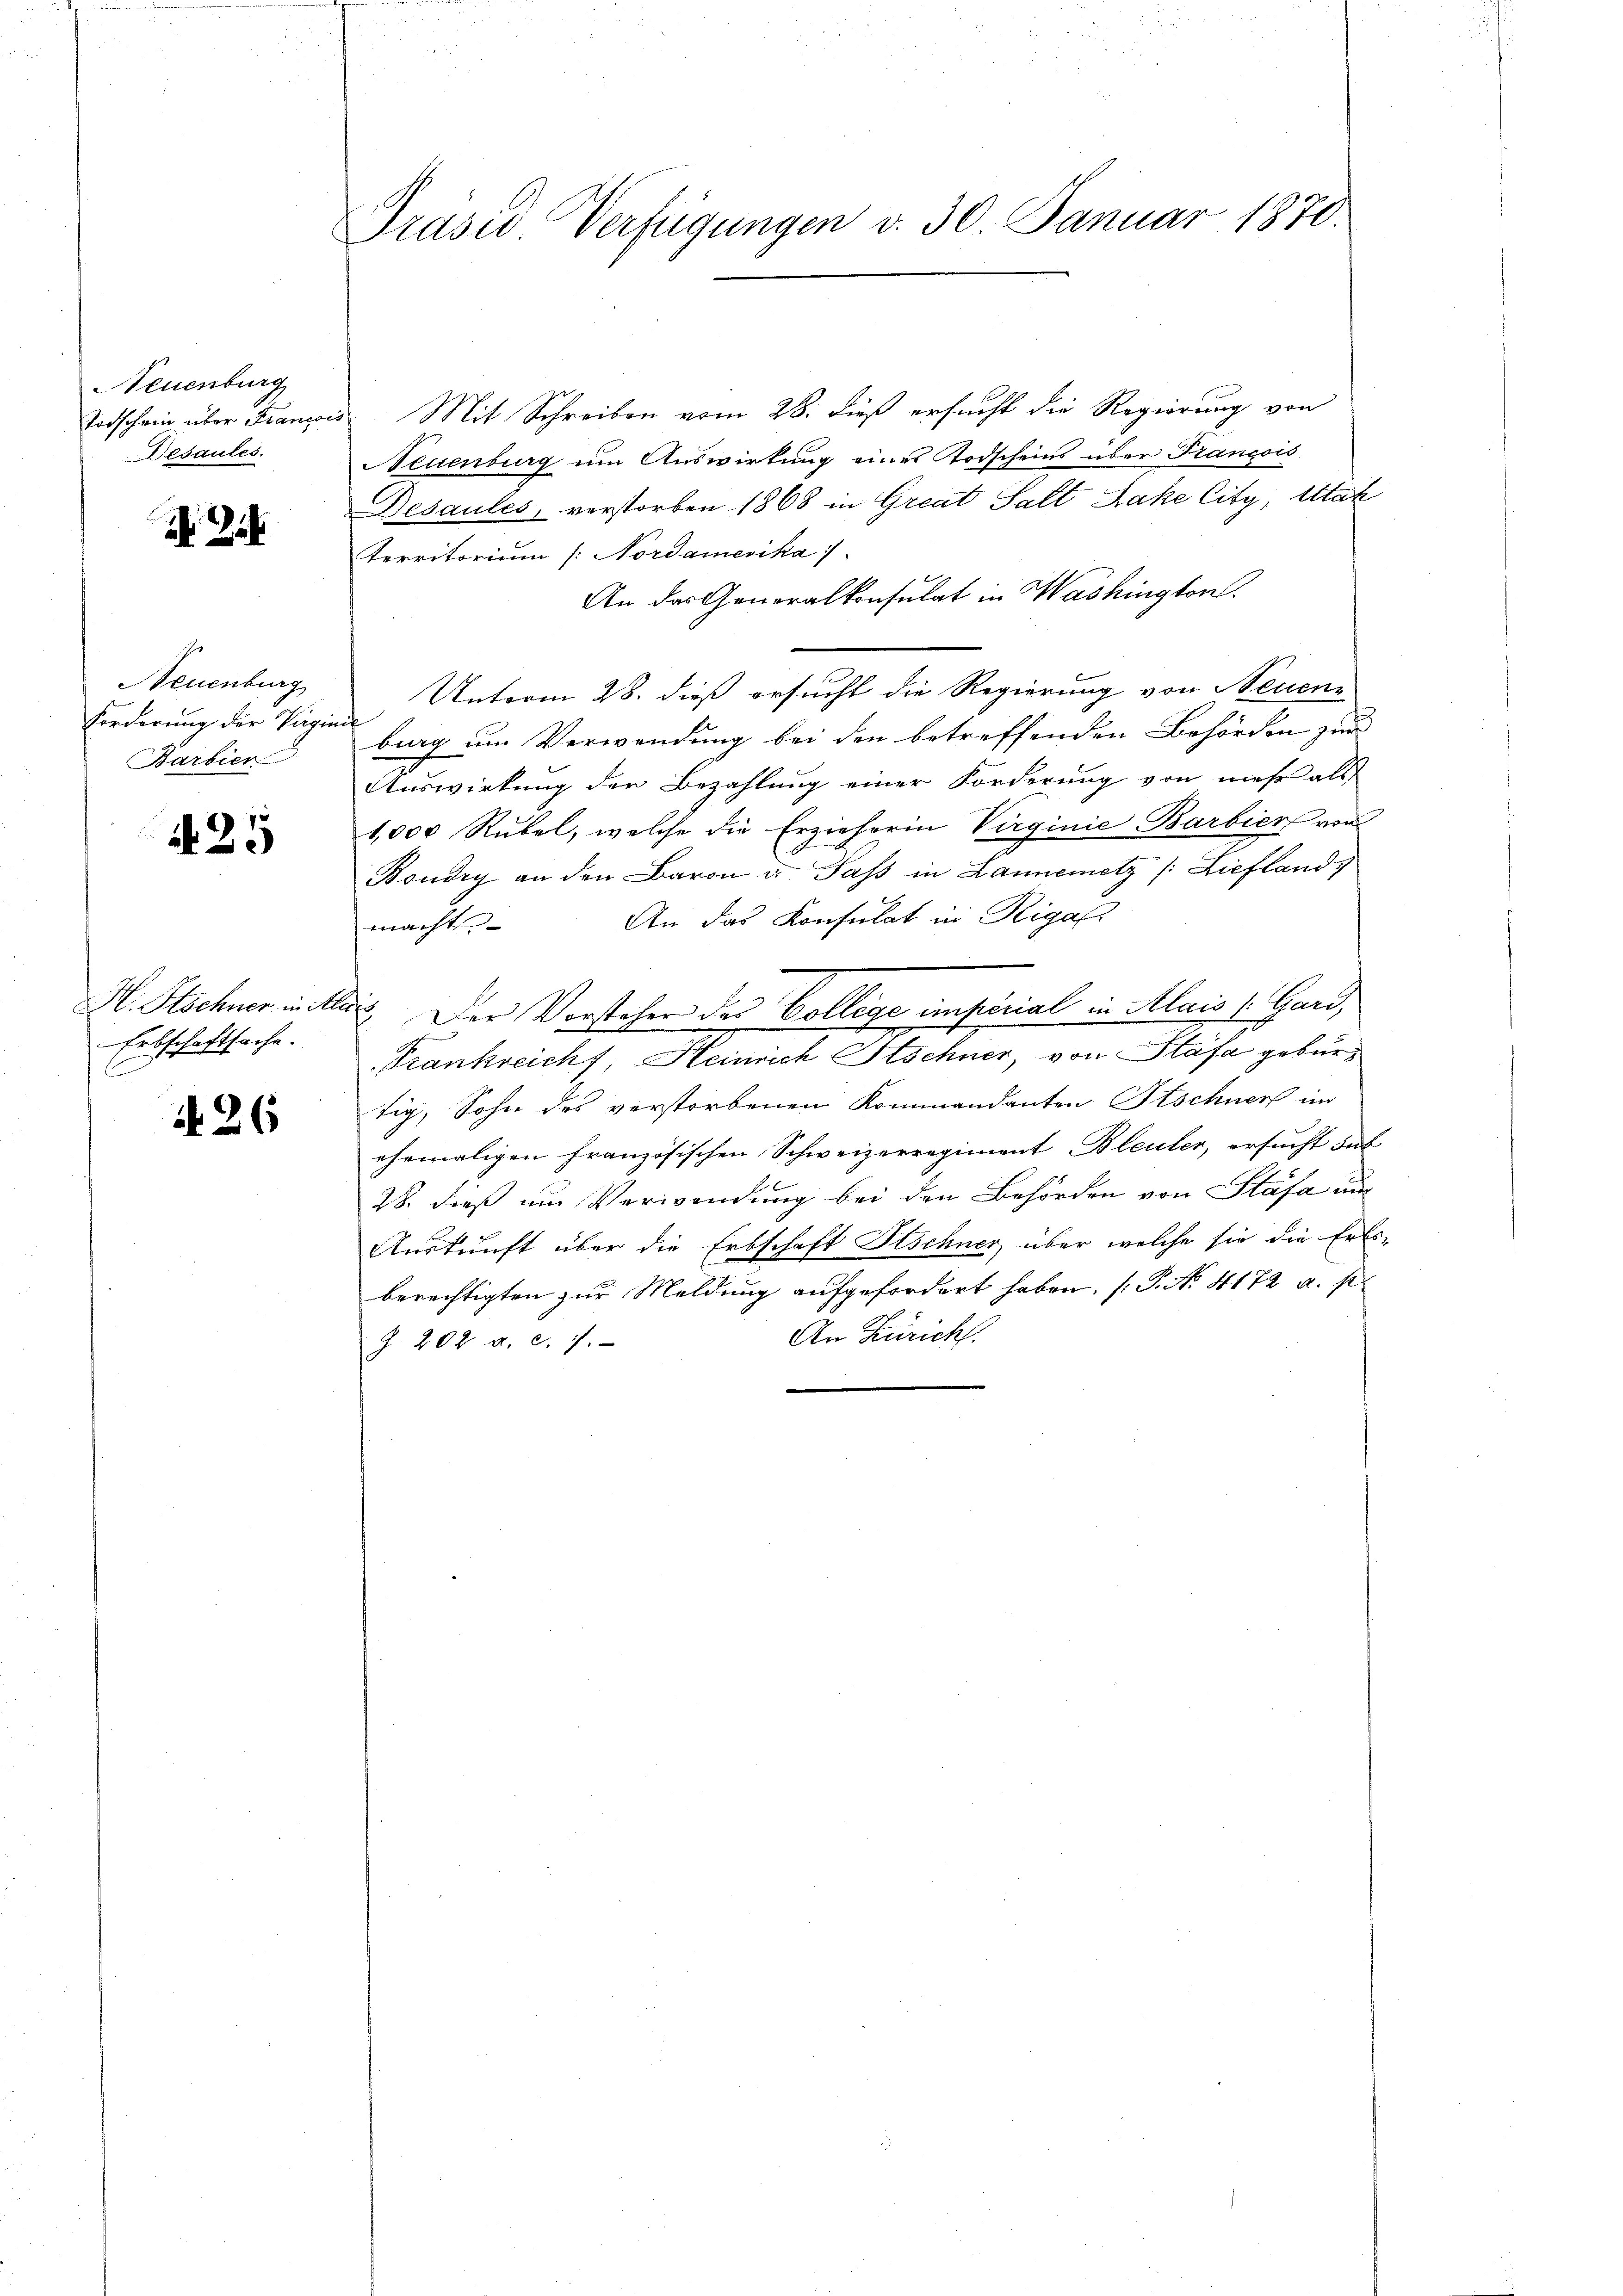
euenburg
Totschein über Francoi
Desaules.

Neuenburg
Forderung der Vigin
Barbier

425

H. Schner in Ste
Erbschaftsache.
C

N 26

Präses Verfügungen d. 30. Januar 1870.

Mit Schreiben vom 28. dieß ersucht die Regierung von
Neuenburg um Auswirkung eines Todscheins über Francois
Besaules, verstorben 1868 in Great Salt Rake City, Utah
Territorium ( Nordamerika
An das Generalkonsulat in Washington.
Unterm 28. dieß ersucht die Regierung von Neuen-
big um Verwendung bei den betreffenden Behörden zur
2
Auswirkung der Bezahlung einer Forderung von mehr als
1,000 Rubel, welche die Erzieherin Virginie Barbier von
Boudry an den Baron u. Pass in Lannemetz /: Lieflands
An das Konsulat in Rigaf
macht
2.) Der Vorstehen des Collige einkörnial in Alais 1. Gard,
Frankreichf, Heinrich Stschner, von Stäfa gebürtig, Sohn des verstorbenen Kommandanten Itschner im
ehemaligen französischen Schweizerregiment Bleuter, ersucht das
28. dieß um Verwendung bei den Behörden von Stäfa un
Auskunft über die Erbschaft Fischner, über welche sie die Erbs-
berechtigten zur Meldung aufgefordert haben, (P. No. 4172 a. p.
An Zürich.
Z. 202 a. c. 7.